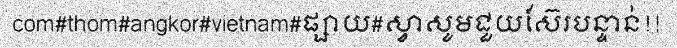
com#thom#angkor#vietnam#ផ្សាយ#ស្វាសូមជួយស៊ែរបន្ទាន់!!